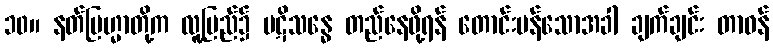
၁၀။ နတ်ဗြဟ္မာတို့က လူ့ပြည်၌ ပဋိသန္ဓေ တည်နေဖို့ရန် တောင်းပန်သောအခါ ချက်ချင်း တာဝန်